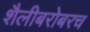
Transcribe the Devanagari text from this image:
शैलीबरोबरच